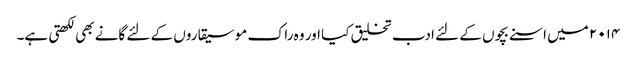
۲۰۱۴ میں اسنے بچوں کے لئے ادب تخلیق کیا اور وہ راک موسیقاروں کے لئے گانے بھی لکھتی ہے۔